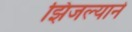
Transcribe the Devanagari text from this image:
झिजल्याने